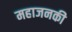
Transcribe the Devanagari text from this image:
महाजनकी